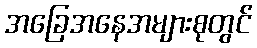
အခြေအနေအများစုတွင်